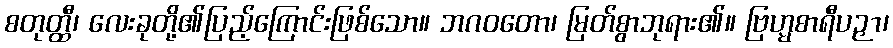
စတုတ္ထီ၊ လေးခုတို့၏ပြည့်ကြောင်းဖြစ်သော။ ဘဂဝတော၊ မြတ်စွာဘုရား၏။ ဗြဟ္မစာရီပဉှာ၊